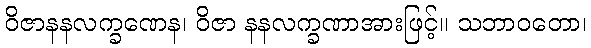
ဝိဇာနနလက္ခဏေန၊ ဝိဇာ နနလက္ခဏာအားဖြင့်။ သဘာဝတော၊